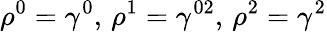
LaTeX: \rho^{0}=\gamma^{0},\, \rho^{1}=\gamma^{02},\, \rho^{2}=\gamma^{2}